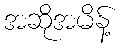
အဆိုအမိန့်